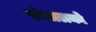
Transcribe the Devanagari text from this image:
संचालको